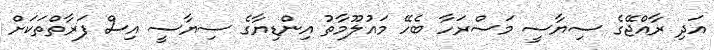
އަދި ރާއްޖޭގެ ސިޔާސީ މަސްރަހާ ބެހޭ މައުލޫމާތު އިންޑިޔާގެ ސިޔާސީ އިސް ފަރާތްތަކަށް